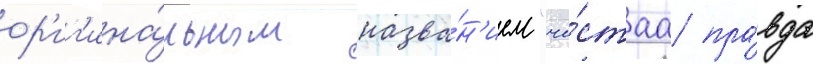
ор'иг'ина́льным назва́н'ием "чи́стаа пра́вда